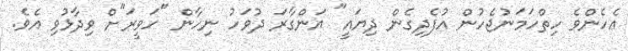
އެހެންވެ ހިތްހަމަނުޖެހުން އުފެދިގެން ދިޔައީ" އަންގާރަ ދުވަހު ނިހާން "ހަވީރަ"ށް ވިދާޅުވި އެވެ.